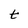
Character: t